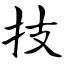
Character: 技